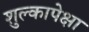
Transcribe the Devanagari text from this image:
शुल्कापेक्षा